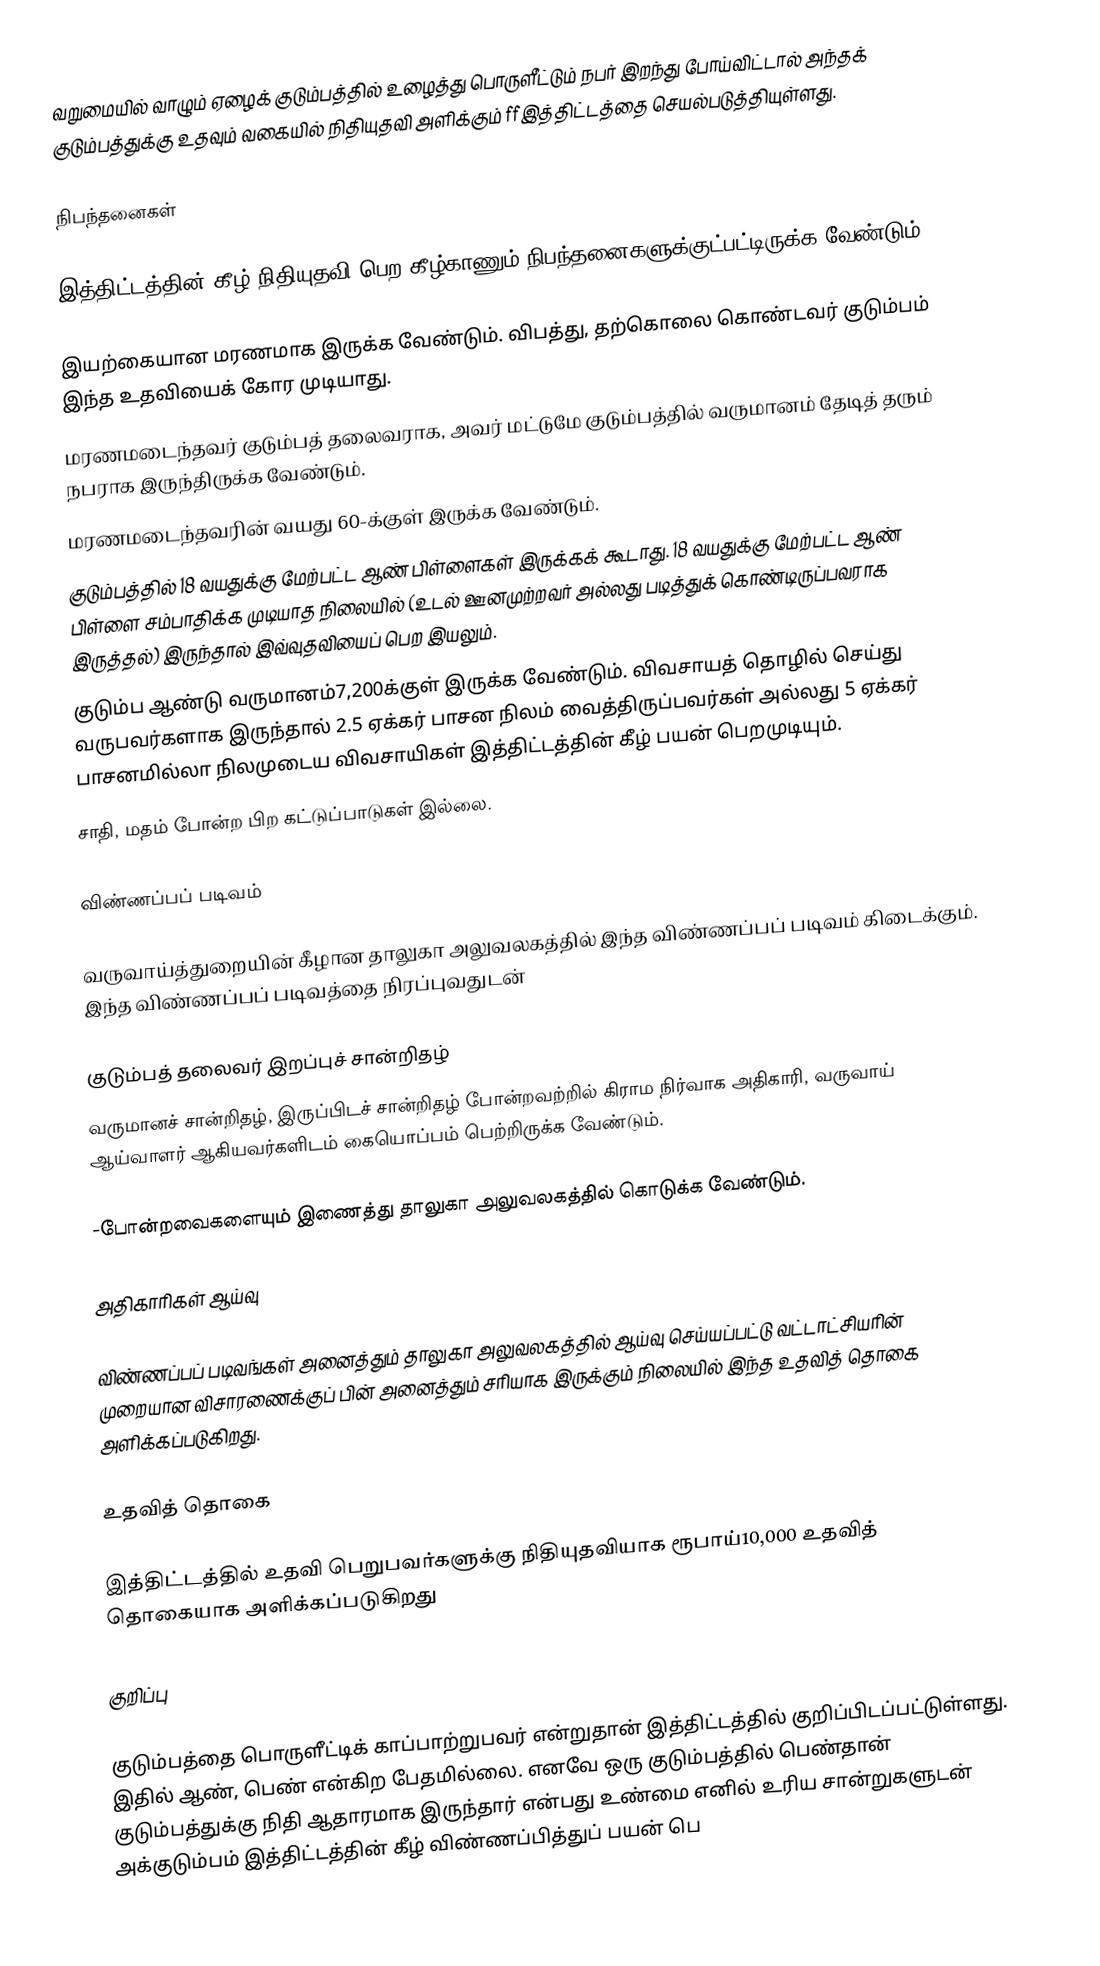
வறுமையில் வாழும் ஏழைக் குடும்பத்தில் உழைத்து பொருளீட்டும் நபர் இறந்து போய்விட்டால் அந்தக் குடும்பத்துக்கு உதவும் வகையில் நிதியுதவி அளிக்கும் ffஇத்திட்டத்தை செயல்படுத்தியுள்ளது.

நிபந்தனைகள்

இத்திட்டத்தின் கீழ் நிதியுதவி பெற கீழ்காணும் நிபந்தனைகளுக்குட்பட்டிருக்க வேண்டும்.

இயற்கையான மரணமாக இருக்க வேண்டும். விபத்து, தற்கொலை கொண்டவர் குடும்பம் இந்த உதவியைக் கோர முடியாது.
மரணமடைந்தவர் குடும்பத் தலைவராக, அவர் மட்டுமே குடும்பத்தில் வருமானம் தேடித் தரும் நபராக இருந்திருக்க வேண்டும்.
மரணமடைந்தவரின் வயது 60-க்குள் இருக்க வேண்டும்.
குடும்பத்தில் 18 வயதுக்கு மேற்பட்ட ஆண் பிள்ளைகள் இருக்கக் கூடாது. 18 வயதுக்கு மேற்பட்ட ஆண் பிள்ளை சம்பாதிக்க முடியாத நிலையில் (உடல் ஊனமுற்றவர் அல்லது படித்துக் கொண்டிருப்பவராக இருத்தல்) இருந்தால் இவ்வுதவியைப் பெற இயலும்.
குடும்ப ஆண்டு வருமானம்7,200க்குள் இருக்க வேண்டும். விவசாயத் தொழில் செய்து வருபவர்களாக இருந்தால் 2.5 ஏக்கர் பாசன நிலம் வைத்திருப்பவர்கள் அல்லது 5 ஏக்கர் பாசனமில்லா நிலமுடைய விவசாயிகள் இத்திட்டத்தின் கீழ் பயன் பெறமுடியும்.
சாதி, மதம் போன்ற பிற கட்டுப்பாடுகள் இல்லை.

விண்ணப்பப் படிவம்

வருவாய்த்துறையின் கீழான தாலுகா அலுவலகத்தில் இந்த விண்ணப்பப் படிவம் கிடைக்கும். இந்த விண்ணப்பப் படிவத்தை நிரப்புவதுடன்

குடும்பத் தலைவர் இறப்புச் சான்றிதழ்
வருமானச் சான்றிதழ், இருப்பிடச் சான்றிதழ் போன்றவற்றில் கிராம நிர்வாக அதிகாரி, வருவாய் ஆய்வாளர் ஆகியவர்களிடம் கையொப்பம் பெற்றிருக்க வேண்டும்.

-போன்றவைகளையும் இணைத்து தாலுகா அலுவலகத்தில் கொடுக்க வேண்டும்.

அதிகாரிகள் ஆய்வு

விண்ணப்பப் படிவங்கள் அனைத்தும் தாலுகா அலுவலகத்தில் ஆய்வு செய்யப்பட்டு வட்டாட்சியரின் முறையான விசாரணைக்குப் பின் அனைத்தும் சரியாக இருக்கும் நிலையில் இந்த உதவித் தொகை அளிக்கப்படுகிறது.

உதவித் தொகை

இத்திட்டத்தில் உதவி பெறுபவர்களுக்கு நிதியுதவியாக ரூபாய்10,000 உதவித் தொகையாக அளிக்கப்படுகிறது

குறிப்பு

குடும்பத்தை பொருளீட்டிக் காப்பாற்றுபவர் என்றுதான் இத்திட்டத்தில் குறிப்பிடப்பட்டுள்ளது. இதில் ஆண், பெண் என்கிற பேதமில்லை. எனவே ஒரு குடும்பத்தில் பெண்தான் குடும்பத்துக்கு நிதி ஆதாரமாக இருந்தார் என்பது உண்மை எனில் உரிய சான்றுகளுடன் அக்குடும்பம் இத்திட்டத்தின் கீழ் விண்ணப்பித்துப் பயன் பெ